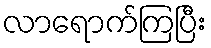
လာရောက်ကြပြီး